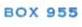
BOX 955